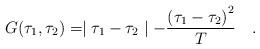
LaTeX: \begin{align*}G(\tau_1,\tau_2) = \mid \tau_1 - \tau_2\mid -{{(\tau_1 - \tau_2)}^2\over T}\quad .\end{align*}